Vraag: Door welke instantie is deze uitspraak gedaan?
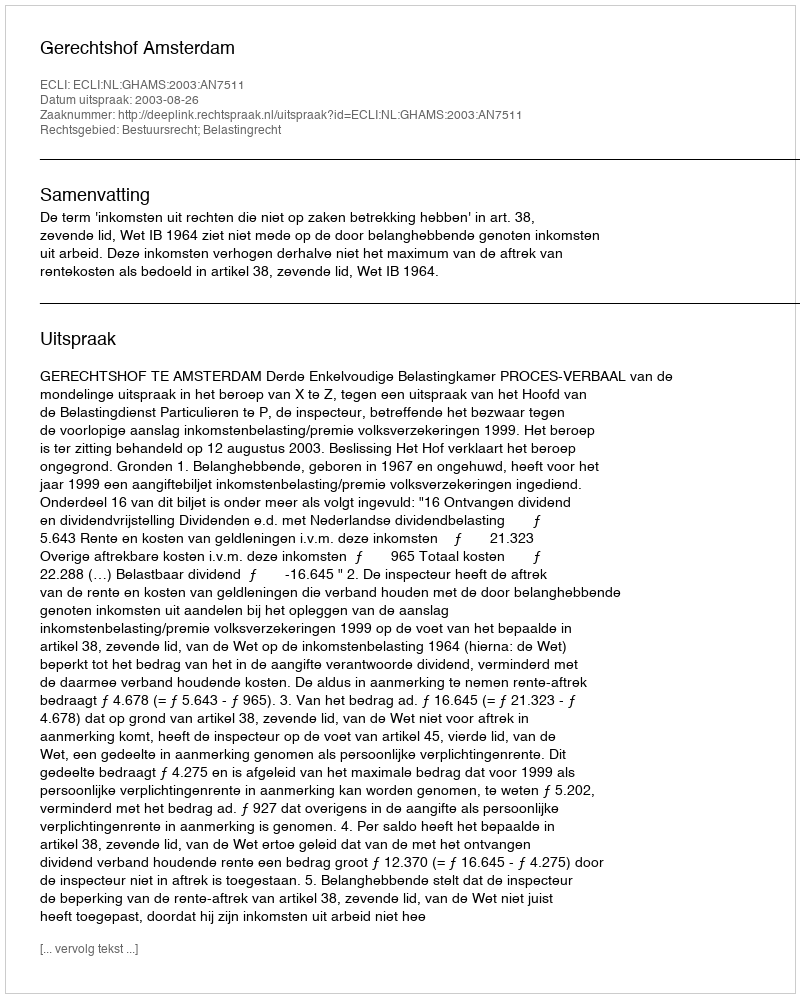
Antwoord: Gerechtshof Amsterdam